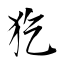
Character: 犵